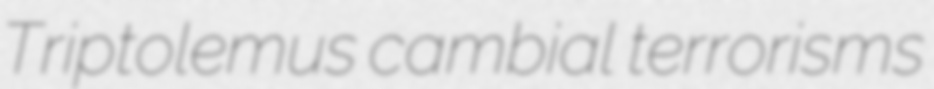
Triptolemus cambial terrorisms